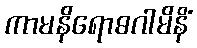
ကာမနိရောဓဂါမိနိံ